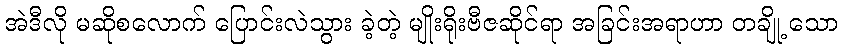
အဲဒီလို မဆိုစလောက် ပြောင်းလဲသွား ခဲ့တဲ့ မျိုးရိုးဗီဇဆိုင်ရာ အခြင်းအရာဟာ တချို့ သော